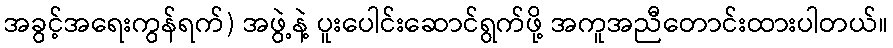
အခွင့်အရေးကွန်ရက်) အဖွဲ့နဲ့ ပူးပေါင်းဆောင်ရွက်ဖို့ အကူအညီတောင်းထားပါတယ်။